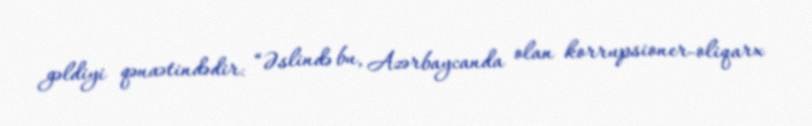
gəldiyi qənaətindədir: “Əslində bu, Azərbaycanda olan korrupsioner-oliqarx